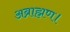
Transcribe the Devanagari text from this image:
अब्राह्मण।